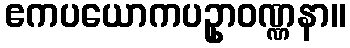
ဧကပယောကပဥှာဝဏ္ဏနာ။